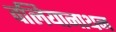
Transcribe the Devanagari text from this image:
वलियानाथन